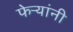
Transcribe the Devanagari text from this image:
फेऱ्यांनी